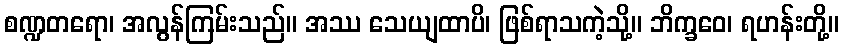
စဏ္ဍတရော၊ အလွန်ကြမ်းသည်။ အဿ သေယျထာပိ၊ ဖြစ်ရာသကဲ့သို့။ ဘိက္ခဝေ၊ ရဟန်းတို့။